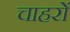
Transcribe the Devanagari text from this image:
चाहरों